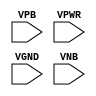
module sky130_fd_sc_ls__fill (
    //# {{power|Power}}
    input VPB ,
    input VPWR,
    input VGND,
    input VNB
);
endmodule